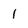
Character: 1